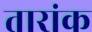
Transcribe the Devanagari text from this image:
तारांक